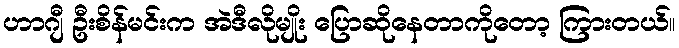
ဟာဂျီ ဦးစိန်မင်းက အဲဒီလိုမျိုး ပြောဆိုနေတာကိုတော့ ကြားတယ်။